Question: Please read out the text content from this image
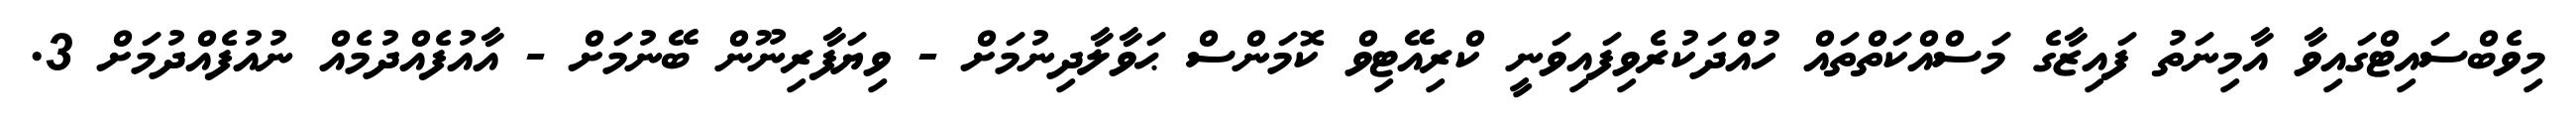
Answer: މިވެބްސައިޓްގައިވާ އާމިނަތު ފައިޒާގެ މަސްއްކަތްތައް ހުއްދަކުރެވިފައިވަނީ ކްރިއޭޓިވް ކޮމަންސް ޙަވާލާދިނުމަށް - ވިޔަފާރިނޫން ބޭނުމަށް - އާއުފެއްދުމެއް ނުއުފެއްދުމަށް 3.